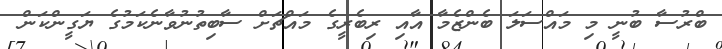
ބްރުސާ ބުނީ މި މައްސަލަ ބެންޒެމާ އާއި ރިބެރީގެ މައްޗަށް ސާބިތުނުވާނެކަމުގެ ޔަގީންކަން